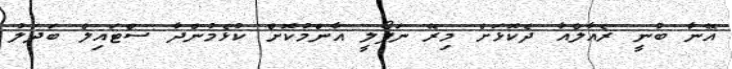
އޭނާ ބުނީ ރެއާލްއާ ދެކޮޅަށް މިރޭ ނަޕޯލީ އާންމުކޮށް ކުޅެމުންދާ ސްޓައިލް ބަދަލު